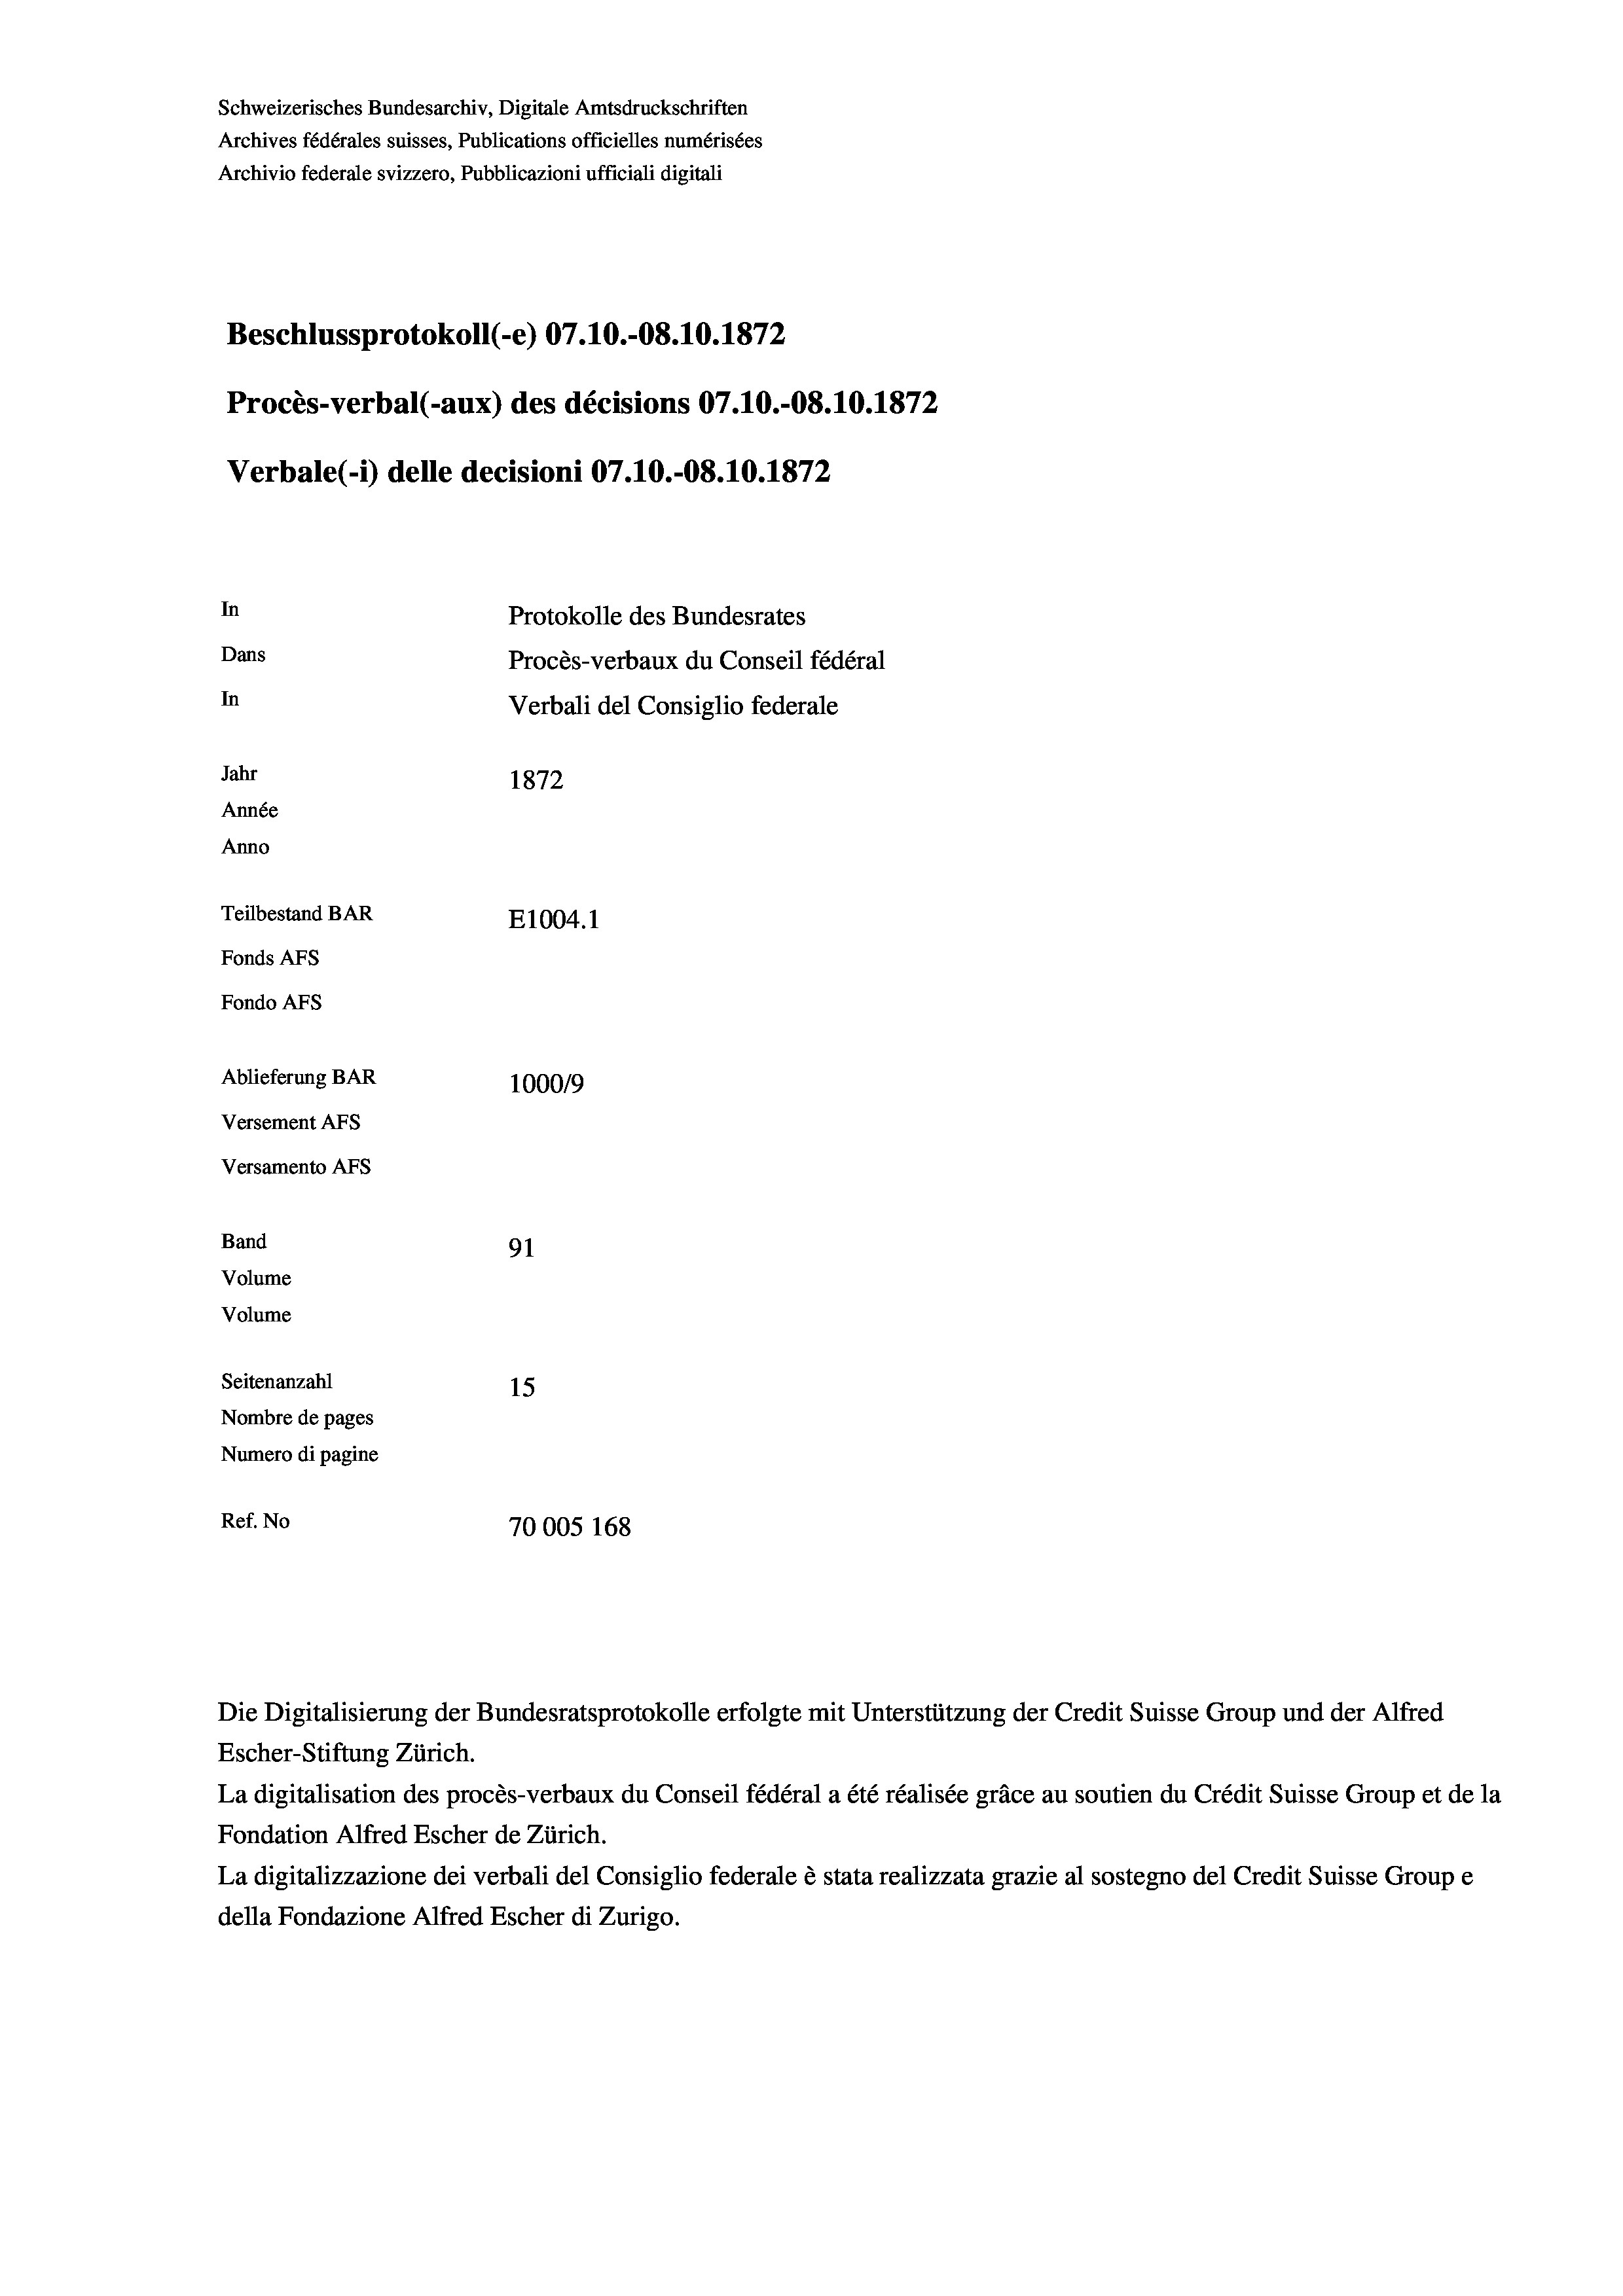
Schweizerisches Bundesarchiv, Digitale Amtsdruckschriften
Archives fédérales suisses, Publications officielles numérisées
Archivio federale svizzero, Pubblicazioni ufficiali digitali
Beschlussprotokoll (-e) 07.10.-08.10.1872
Procès-verbal (-aux) des décisions 07.10.-08.10.1872
Verbale(-*) delle decisioni 07.10.-O8.10.1872
In
Protokolle des Bundesrates
Dans
Procès-verbaux du Conseil fédéral
In
Verbali del Consiglio federale
Jahr
1872
Année
Anno
Teilbestand BAR
E1004.1
Fonds AFs
Fondo AFs
Ablieferung BAR
1000/9
Versement AFs
Versamento AFs
Band
91
Volume
Volume
Seitenanzahl
15
Nombre de pages
Numero di pagine
Ref. No
70005 168

Escher-Stiftung Zürich.
La digitalisation des procès-verbaux du Conseil fédéral a été réalisée gräce au soutien du Crédit Suisse Group et de la
Fondation Alfred Escher de Zürich.
La digitalizzazione dei verbali del Consiglio federale è stata realizzata grazie al sostegno del Credit Suisse Groupe
della Fondazione Alfred Escher di Zurigo.

Die Digitalisierung der Bundesratsprotokolle erfolgte mit Unterstützung der Credit Suisse Group und der Alfred